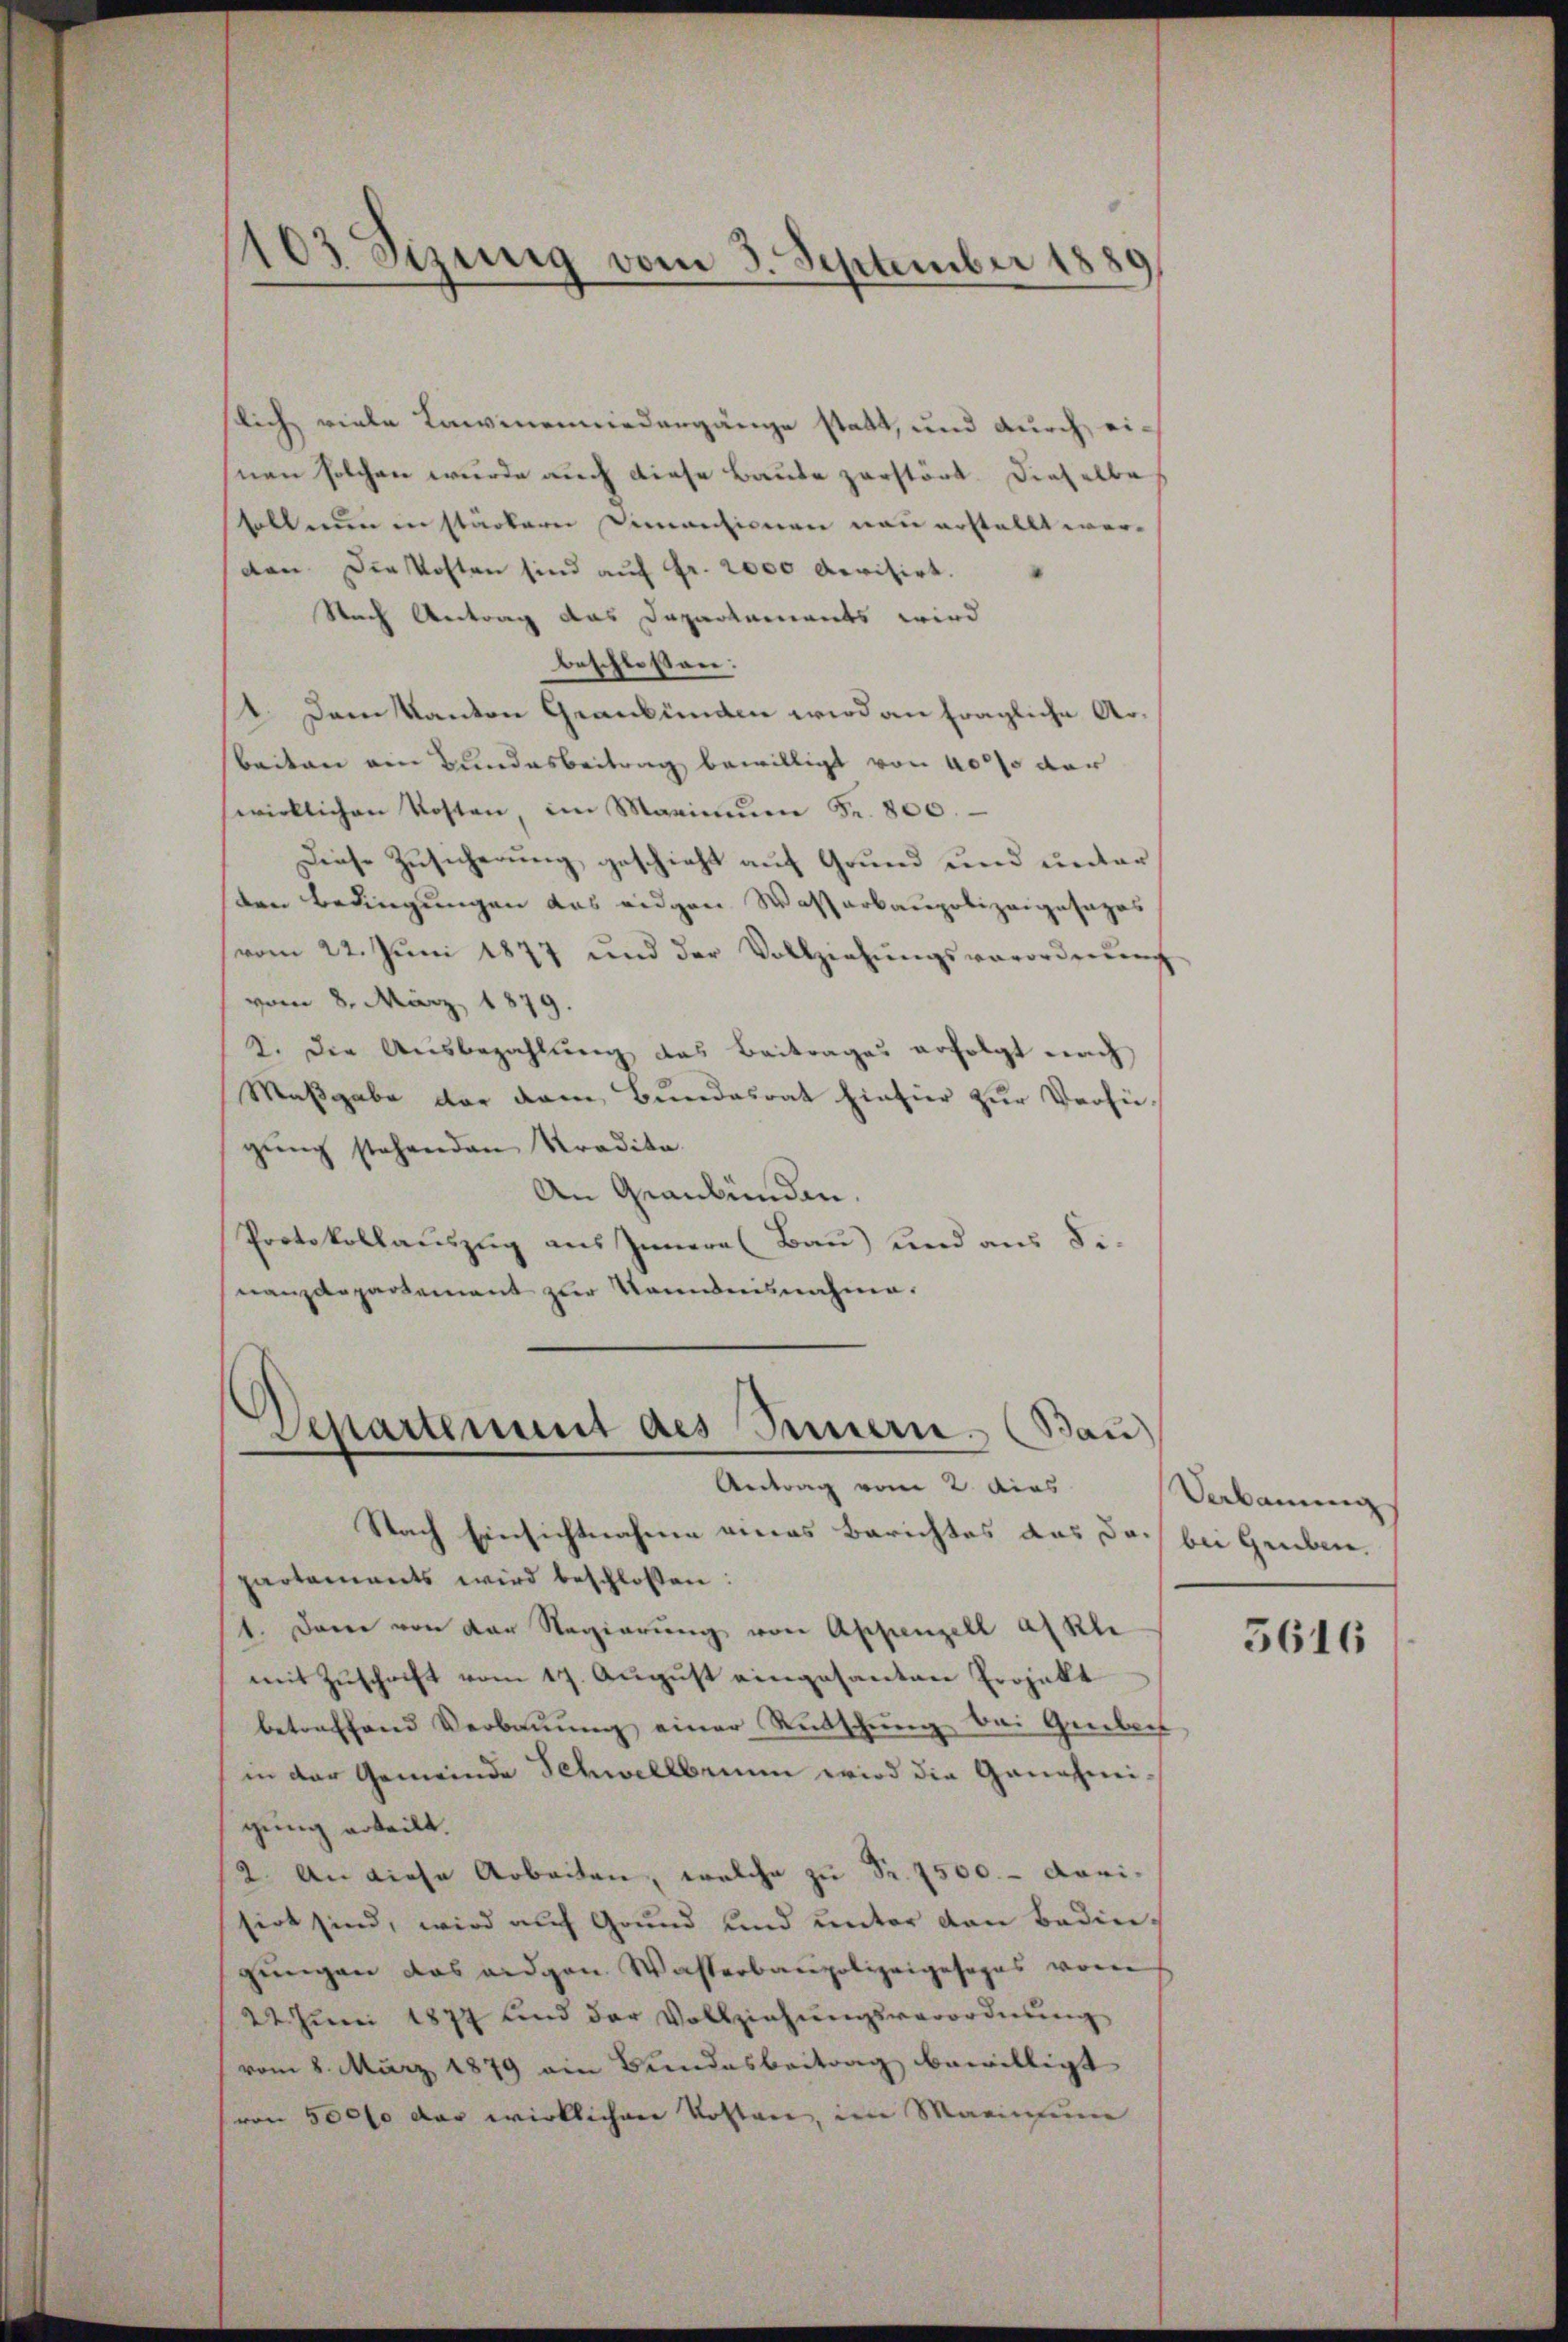
lich viele Lawinen niedergänge statt, und durch einen solchen wurde auch diese Baute zerstört. Dieselbe
soll nun in stärkern Dimentionen neu erstellt werden. Die Kosten sind auf Fr. 2000 Revisirt.
Nach Vertrag das Dapartements wird
beschlossen:
1. Dem Kanton Graubünden wird an fragliche Arbeiten ein Bundesbeitrag bewilligt von 400 so dar
wirklichen Kosten, im Marimŭm Fr. 800.
Diese Zusicherung geschieht auf Grund und unter
den Bedingungen das eidgen Wasserbaupolizeigesages
vom 22. Jŭni 1877 und der Vollziehŭngsverordnŭng
vom 8. März 1879.
2. Die Ausbezahlung das Beitrages erfolgt nach
Maßgabe der dem Bundesrat hinhier zur Verfügŭng stehenden Tradita
An Graubünden.
Protokollauszug aus Innern (Bau) und aus Sinanzdepartement zur Kenntnisnahme.

103 Sizung vom 3. September 1880

Separtement des Innern. (Bau)
Antrag vom 2. dies

Nach Einsichtnahme eines Berichtes das Doch bei Gerbere
partements wird beschlossen:
1. Darin von der Regierung von Appenzell a. Rhe
mit Zuschrift vom 17. August eingesanten Projekt
betreffend Verbauung einer Rutschung bei Geleis
in der Gemeinde Schwellbrunn wird die Genehmigung erteilt.
2. An diese Arbeiten, welche zu Fr. 1500. - dari-
sirt sind, wird auf Grund und unter von Bedin-
gungen das eidgen. Wasserbaupolizeigesopas von
22. Juni 1877 und der Vollziehŭngsverordnung
vom 8. März 1879 ein Bundesbeitrag bewilligt
von 50000 der wirklichen Kosten, im Marinum

Verbauung
5616